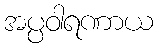
အပ္ပဝါရဏာယ